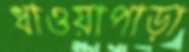
ধাওয়াপাড়া